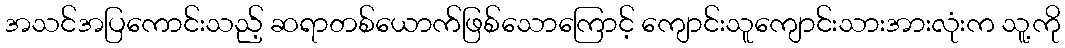
အသင်အပြကောင်းသည့် ဆရာတစ်ယောက်ဖြစ်သောကြောင့် ကျောင်းသူကျောင်းသားအားလုံးက သူ့ကို